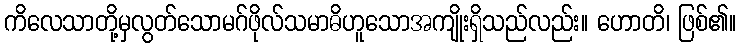
ကိလေသာတို့မှလွတ်သောမဂ်ဖိုလ်သမာဓိဟူသောအကျိုးရှိသည်လည်း။ ဟောတိ၊ ဖြစ်၏။